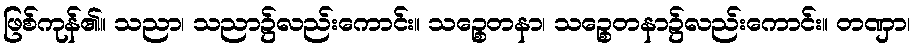
ဖြစ်ကုန်၏။ သညာ၊ သညာ၌လည်းကောင်း။ သဉ္စေတနာ၊ သဉ္စေတနာ၌လည်းကောင်း။ တဏှာ၊